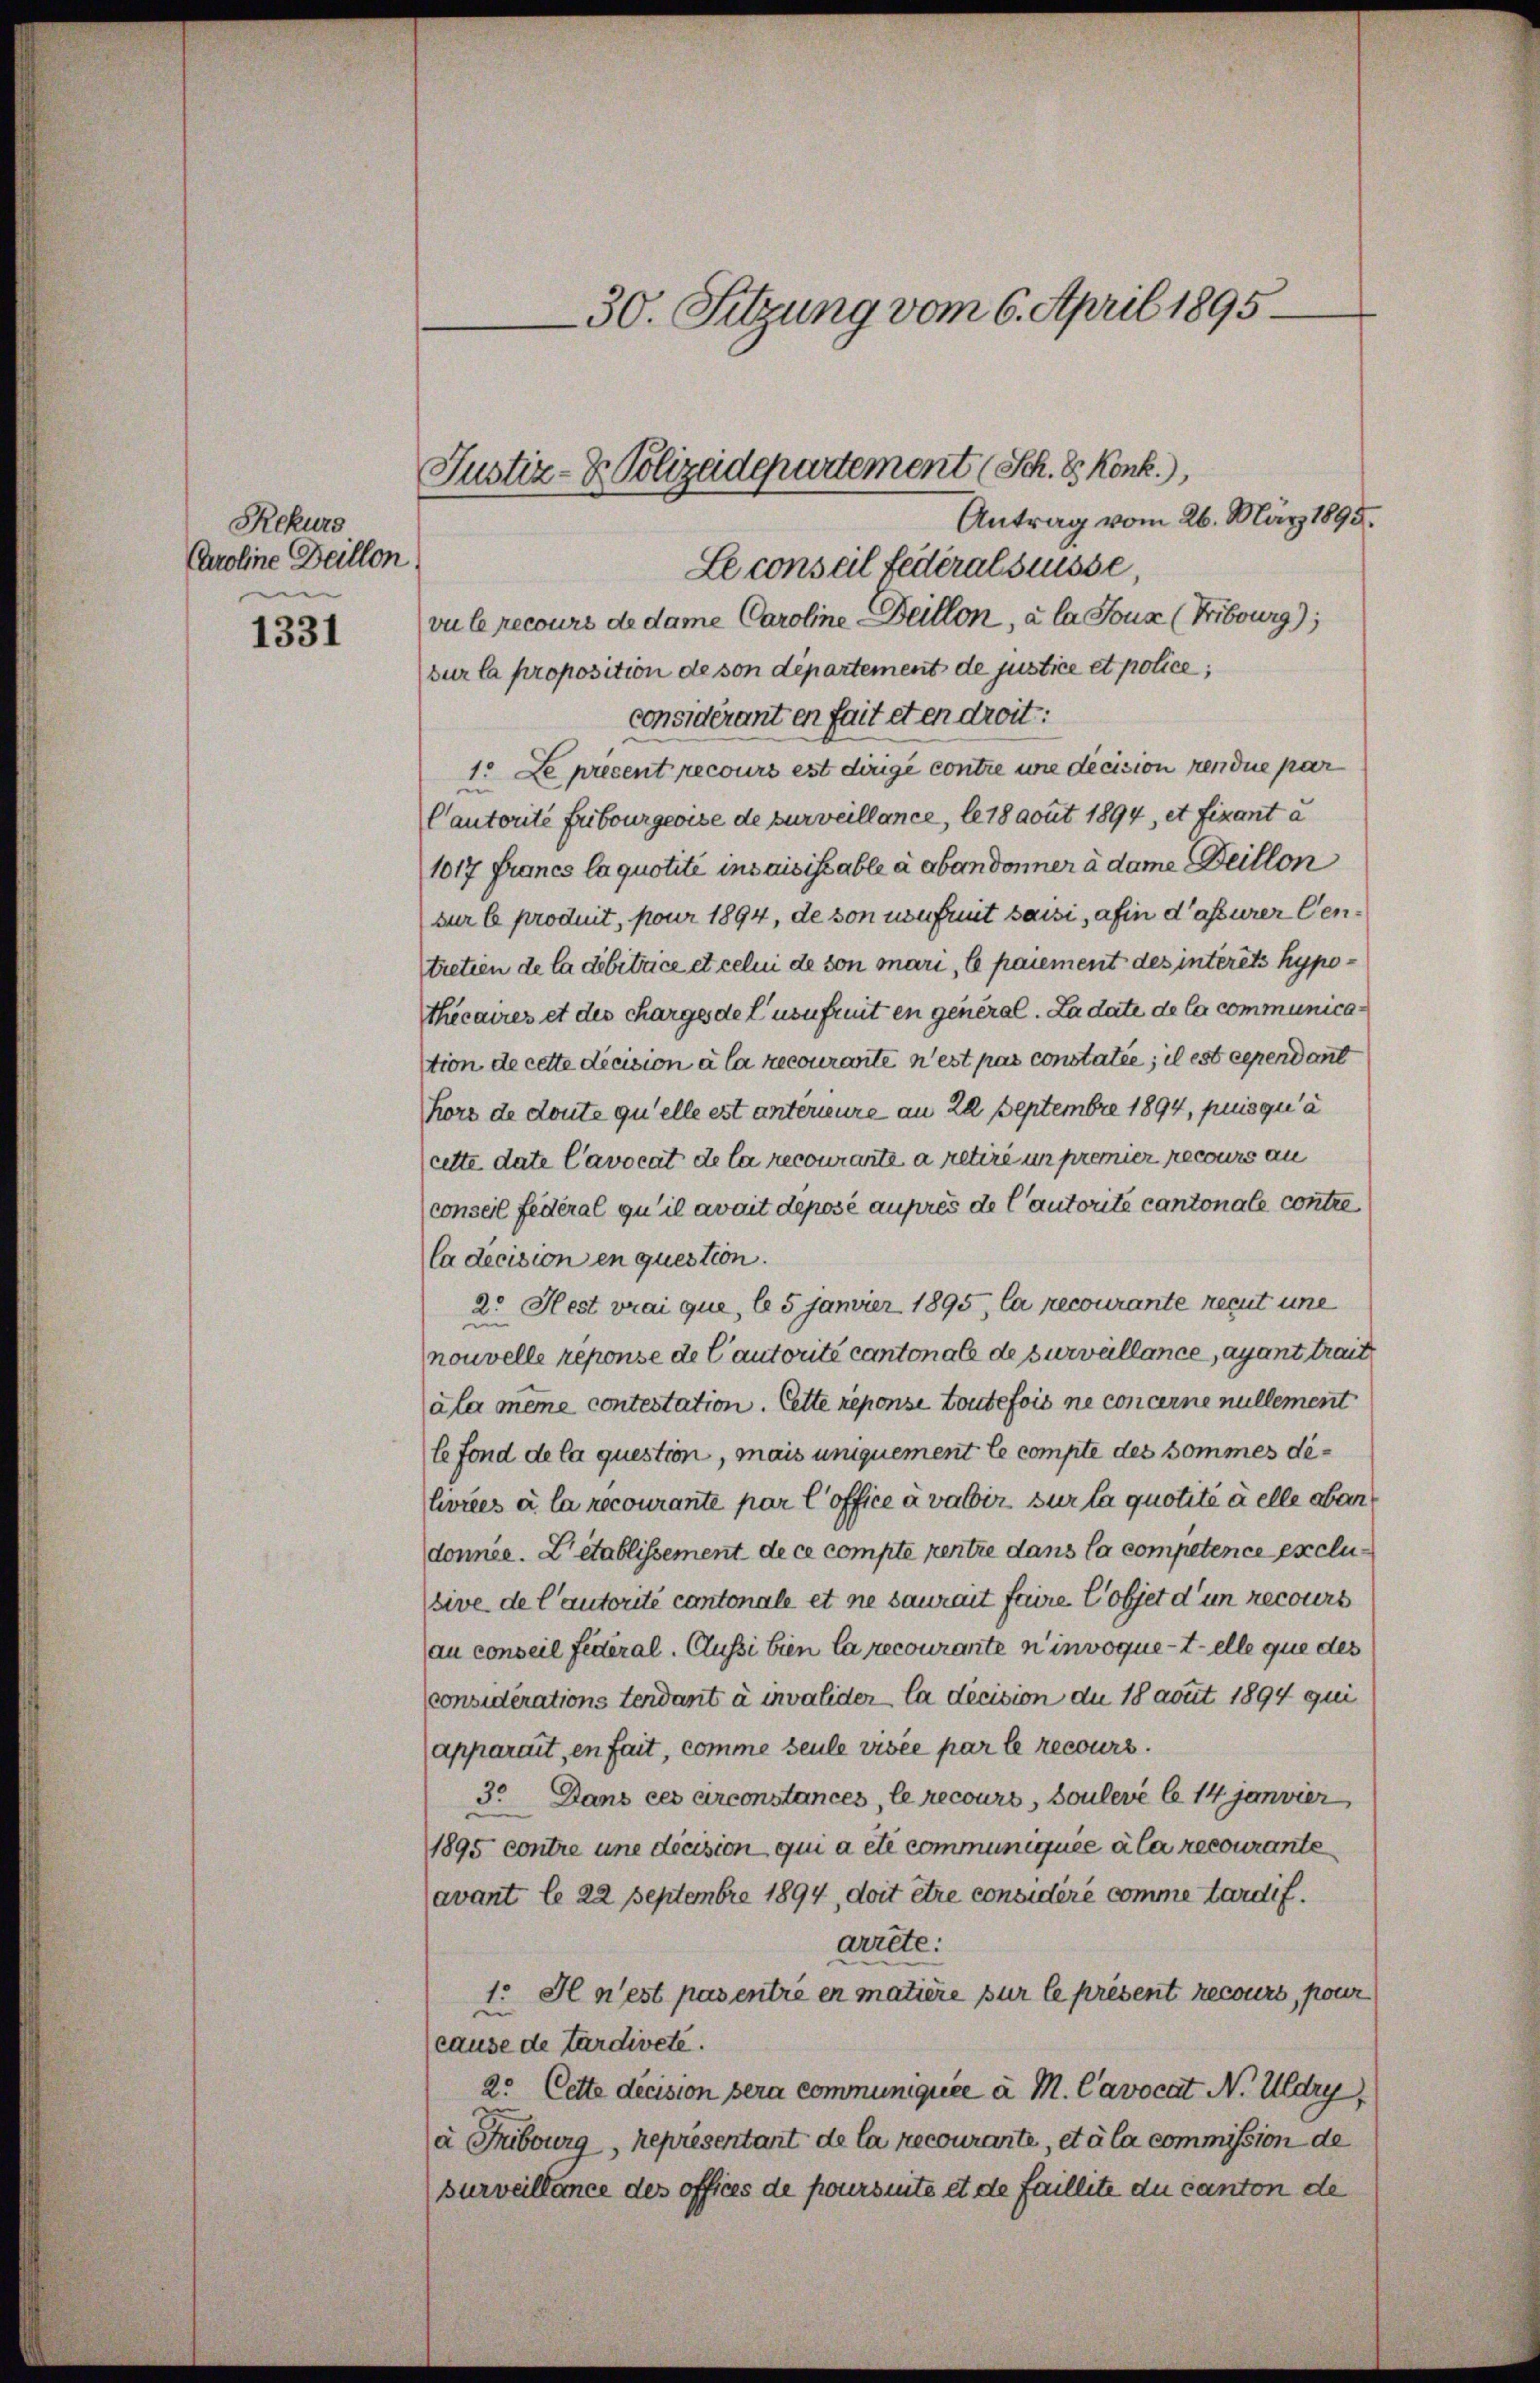
1331

Rekurs
Caroline Deillon
e

30. Sitzung vom 6. April 1895

Antrag vom 26. März 1895.
Le conseil federalstüsse,
vu le recours de dame Caroline Deillon, à la Joux (Fribourg),
sur la proposition de son département de justice et police,
considérant en fait et en droit:
1. Le precent recours est dirige contre une decision rendue par
Cautorité Fribourgeoise de surveillance, le 18 gout 1894, et fixant à
1017 Francs la quotité insaisissable à abandonner à dame Beillon
sur le produit, pour 1894, de son usufruit saisi, afin d’assurer Centretien de la debitace et celui de von mari, le paiement des intérêts hypothécaires et des charges de l’usufruit en general. La date de la communicastion de cette decision à la recourante n’est pas constatie; il est cependant
Kors de doute qu’elle est unterieure an 22 Septembre 1894, puis qu’à
cette date Cavocat de la recourante a retiré un premier recours an
conseil fédéral qu’il avait déposé auprès de l’autorite cantonale contre
la decision en question.
2. Hest vrai que, le 5 janvier 1895, la recourante reçut une
nouvelle reponse de lautorité cantonale de survallance, ayant trait
ala meine contestation. Cette reponse toutefois ne concerne nullement
le fond de la question, mais uniquement le compte des sommes dilivres à la recourante par l’office à valbis sur la quotité à elle abendonnée. L établissement de ce compte rentre dans la competence exclu
sive de l’autorité cantonale et ne saurait faire l’objet d’un recours
au conseil fédéral, Clussi bien la recourante ninvoque telle que des
considérations tendant à invalider la decision du 18 aout. 1894 qui
(apparait, en fait, comme seule visée par le recours.
3. Dans ces arconstances, le recours, Soulevé le 14 janvier
1895 contre une decision qui a été communiquée à la recourante
avant le 22 Septembre 1894, doit être considère comme tardif.
arrete:
1. Il n’est pas entre er matière pur le présent recours, pour
n
cause de tardivete.
2. Cette decision sera communiquée a M. Cavocat N. Uldry
a Fribourg, représentant de la recourarte, et à la commission de
surveillence des offices de poursuite et de faillete du canton de

Justiz-D. Polizeidepartement (Sch. E. Konk.)